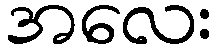
အလေး